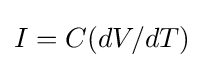
I=C(dV/dT)